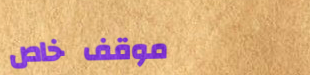
موقف خاص